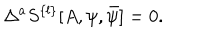
LaTeX: \Delta ^ { a } S ^ { \{ l \} } [ A , \psi , \bar { \psi } ] = 0 .